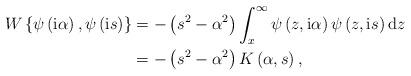
LaTeX: \begin{align*}W\left\{ \psi\left( \mathrm{i}\alpha\right) ,\psi\left( \mathrm{i}s\right) \right\} & =-\left( s^{2}-\alpha^{2}\right) \int_{x}^{\infty}\psi\left( z,\mathrm{i}\alpha\right) \psi\left( z,\mathrm{i}s\right)\mathrm{d}z\\& =-\left( s^{2}-\alpha^{2}\right) K\left( \alpha,s\right) ,\end{align*}